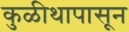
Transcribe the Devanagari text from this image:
कुळीथापासून